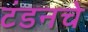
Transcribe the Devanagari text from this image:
टंडनचे